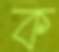
ক